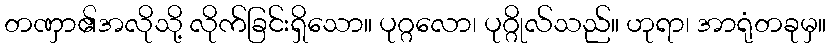
တဏှာ၏အလိုသို့ လိုက်ခြင်းရှိသော။ ပုဂ္ဂလော၊ ပုဂ္ဂိုလ်သည်။ ဟုရာ၊ အာရုံတခုမှ။